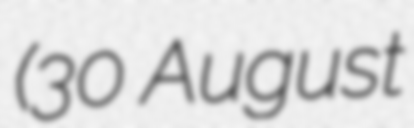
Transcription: (30 August